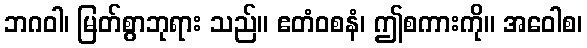
ဘဂဝါ၊ မြတ်စွာဘုရား သည်။ ဧတံဝစနံ၊ ဤစကားကို။ အဝေါစ၊